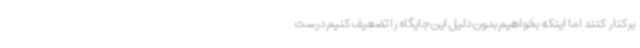
برکنار کنند اما اینکه بخواهیم بدون دلیل این جایگاه را تضعیف کنیم درست